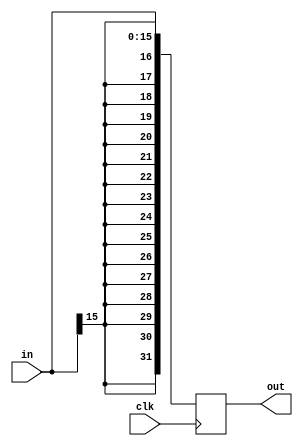
`timescale 1ns / 1ps
//////////////////////////////////////////////////////////////////////////////////
// Company: 
// Engineer: 
// 
// Design Name: 
// Module Name:    Sign_Extend 
// Project Name: 
// Target Devices: 
// Tool versions: 
// Description: 
//
// Dependencies: 
//
// Revision: 
// Revision 0.01 - File Created
// Additional Comments: 
//
//////////////////////////////////////////////////////////////////////////////////
module Sign_Extend(
    input [15:0] in,
    output reg [31:0] out,
	 input clk
    );
	
	always @( posedge clk ) begin
		out[31:0] <= { {16{in[15]}}, in[15:0] };
	end

endmodule